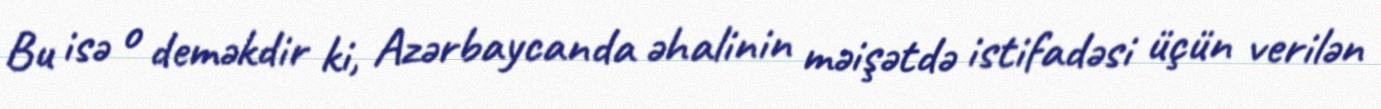
Bu isə o deməkdir ki, Azərbaycanda əhalinin məişətdə istifadəsi üçün verilən